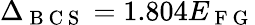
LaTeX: \Delta_{\mathrm{~B~C~S~}}=1.804E_{\mathrm{~F~G~}}